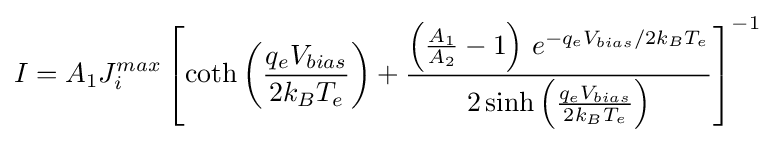
I=A_{1}J_{i}^{max}\left[\coth \left({\frac {q_{e}V_{bias}}{2k_{B}T_{e}}}\right)+{\frac {\left({\frac {A_{1}}{A_{2}}}-1\right)\,e^{-q_{e}V_{bias}/2k_{B}T_{e}}}{2\sinh \left({\frac {q_{e}V_{bias}}{2k_{B}T_{e}}}\right)}}\right]^{-1}